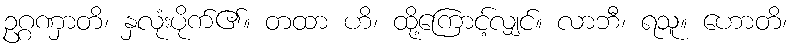
ဥဂ္ဂဏှာတိ၊ နှလုံးပိုက်၏။ တထာ ဟိ၊ ထို့ကြောင့်လျှင်။ လာဘီ၊ ရသူ။ ဟောတိ၊